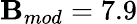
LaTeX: \mathbf{B}_{mod}=7.9